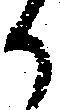
か